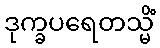
ဒုက္ခပရေတသ္မိံ